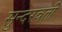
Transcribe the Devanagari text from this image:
सुन्दरवती